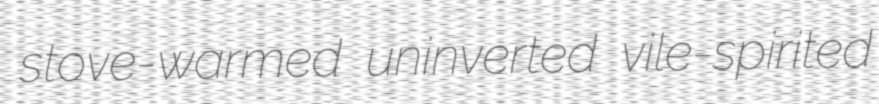
stove-warmed uninverted vile-spirited